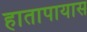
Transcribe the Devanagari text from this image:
हातापायास